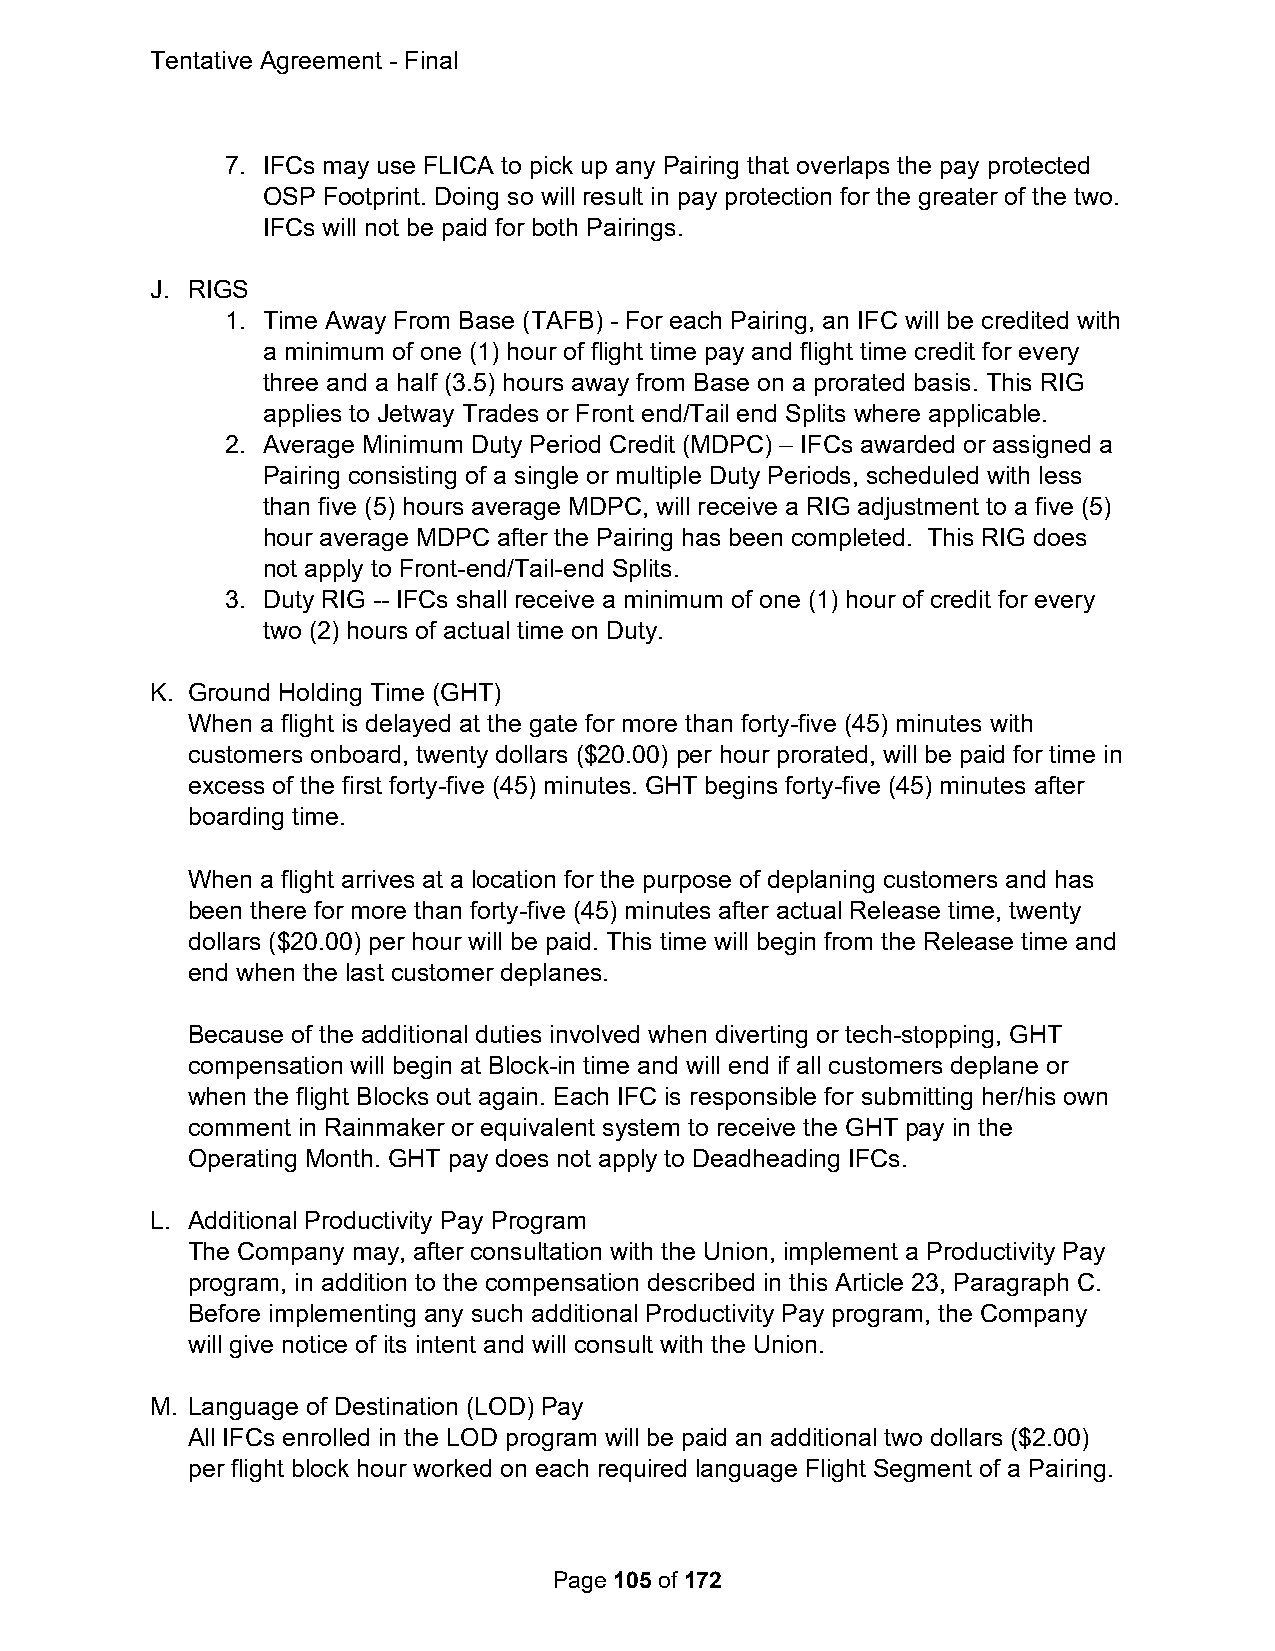
Tentative Agreement - Final
 7. IFCs may use FLICA to pick up any Pairing that overlaps the pay protected
 OSP Footprint. Doing so will result in pay protection for the greater of the two.
 IFCs will not be paid for both Pairings.
 J. RIGS
 1. Time Away From Base (TAFB) - For each Pairing, an IFC will be credited with
 a minimum of one (1) hour of flight time pay and flight time credit for every
 three and a half (3.5) hours away from Base on a prorated basis. This RIG
 applies to Jetway Trades or Front end/Tail end Splits where applicable.
 2. Average Minimum Duty Period Credit (MDPC) – IFCs awarded or assigned a
 Pairing consisting of a single or multiple Duty Periods, scheduled with less
 than five (5) hours average MDPC, will receive a RIG adjustment to a five (5)
 hour average MDPC after the Pairing has been completed. This RIG does
 not apply to Front-end/Tail-end Splits.
 3. Duty RIG -- IFCs shall receive a minimum of one (1) hour of credit for every
 two (2) hours of actual time on Duty.
 K. Ground Holding Time (GHT)
 When a flight is delayed at the gate for more than forty-five (45) minutes with
 customers onboard, twenty dollars ($20.00) per hour prorated, will be paid for time in
 excess of the first forty-five (45) minutes. GHT begins forty-five (45) minutes after
 boarding time.
 When a flight arrives at a location for the purpose of deplaning customers and has
 been there for more than forty-five (45) minutes after actual Release time, twenty
 dollars ($20.00) per hour will be paid. This time will begin from the Release time and
 end when the last customer deplanes.
 Because of the additional duties involved when diverting or tech-stopping, GHT
 compensation will begin at Block-in time and will end if all customers deplane or
 when the flight Blocks out again. Each IFC is responsible for submitting her/his own
 comment in Rainmaker or equivalent system to receive the GHT pay in the
 Operating Month. GHT pay does not apply to Deadheading IFCs.
 L. Additional Productivity Pay Program
 The Company may, after consultation with the Union, implement a Productivity Pay
 program, in addition to the compensation described in this Article 23, Paragraph C.
 Before implementing any such additional Productivity Pay program, the Company
 will give notice of its intent and will consult with the Union.
 M. Language of Destination (LOD) Pay
 All IFCs enrolled in the LOD program will be paid an additional two dollars ($2.00)
 per flight block hour worked on each required language Flight Segment of a Pairing.
 Page 105 of 172